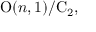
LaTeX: \mathrm { O } ( n , 1 ) / \mathrm { C } _ { 2 } ,